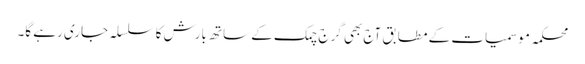
محکمہ موسمیات کے مطابق آج بھی گرج چمک کے ساتھ بارش کا سلسلہ جاری رہے گا۔